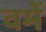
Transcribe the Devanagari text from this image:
वमें